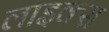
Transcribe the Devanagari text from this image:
लाइक्‍स